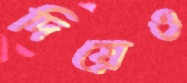
দিয়েও